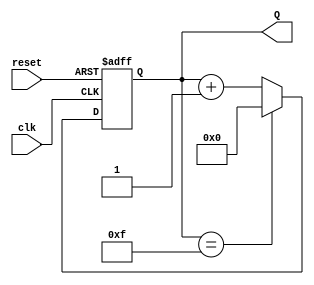
module binary_up_counter #(
    parameter N = 4  // Parameter for the number of bits in the counter
)(
    input wire clk,     // Clock input
    input wire reset,   // Asynchronous reset input
    output reg [N-1:0] Q // N-bit output count
);

// Always block for synchronous operation
always @(posedge clk or posedge reset) begin
    if (reset) begin
        Q <= 0; // Reset the counter to 0
    end else begin
        if (Q == (2**N - 1)) begin
            Q <= 0; // Wrap around to 0 if maximum value is reached
        end else begin
            Q <= Q + 1; // Increment the counter
        end
    end
end

endmodule